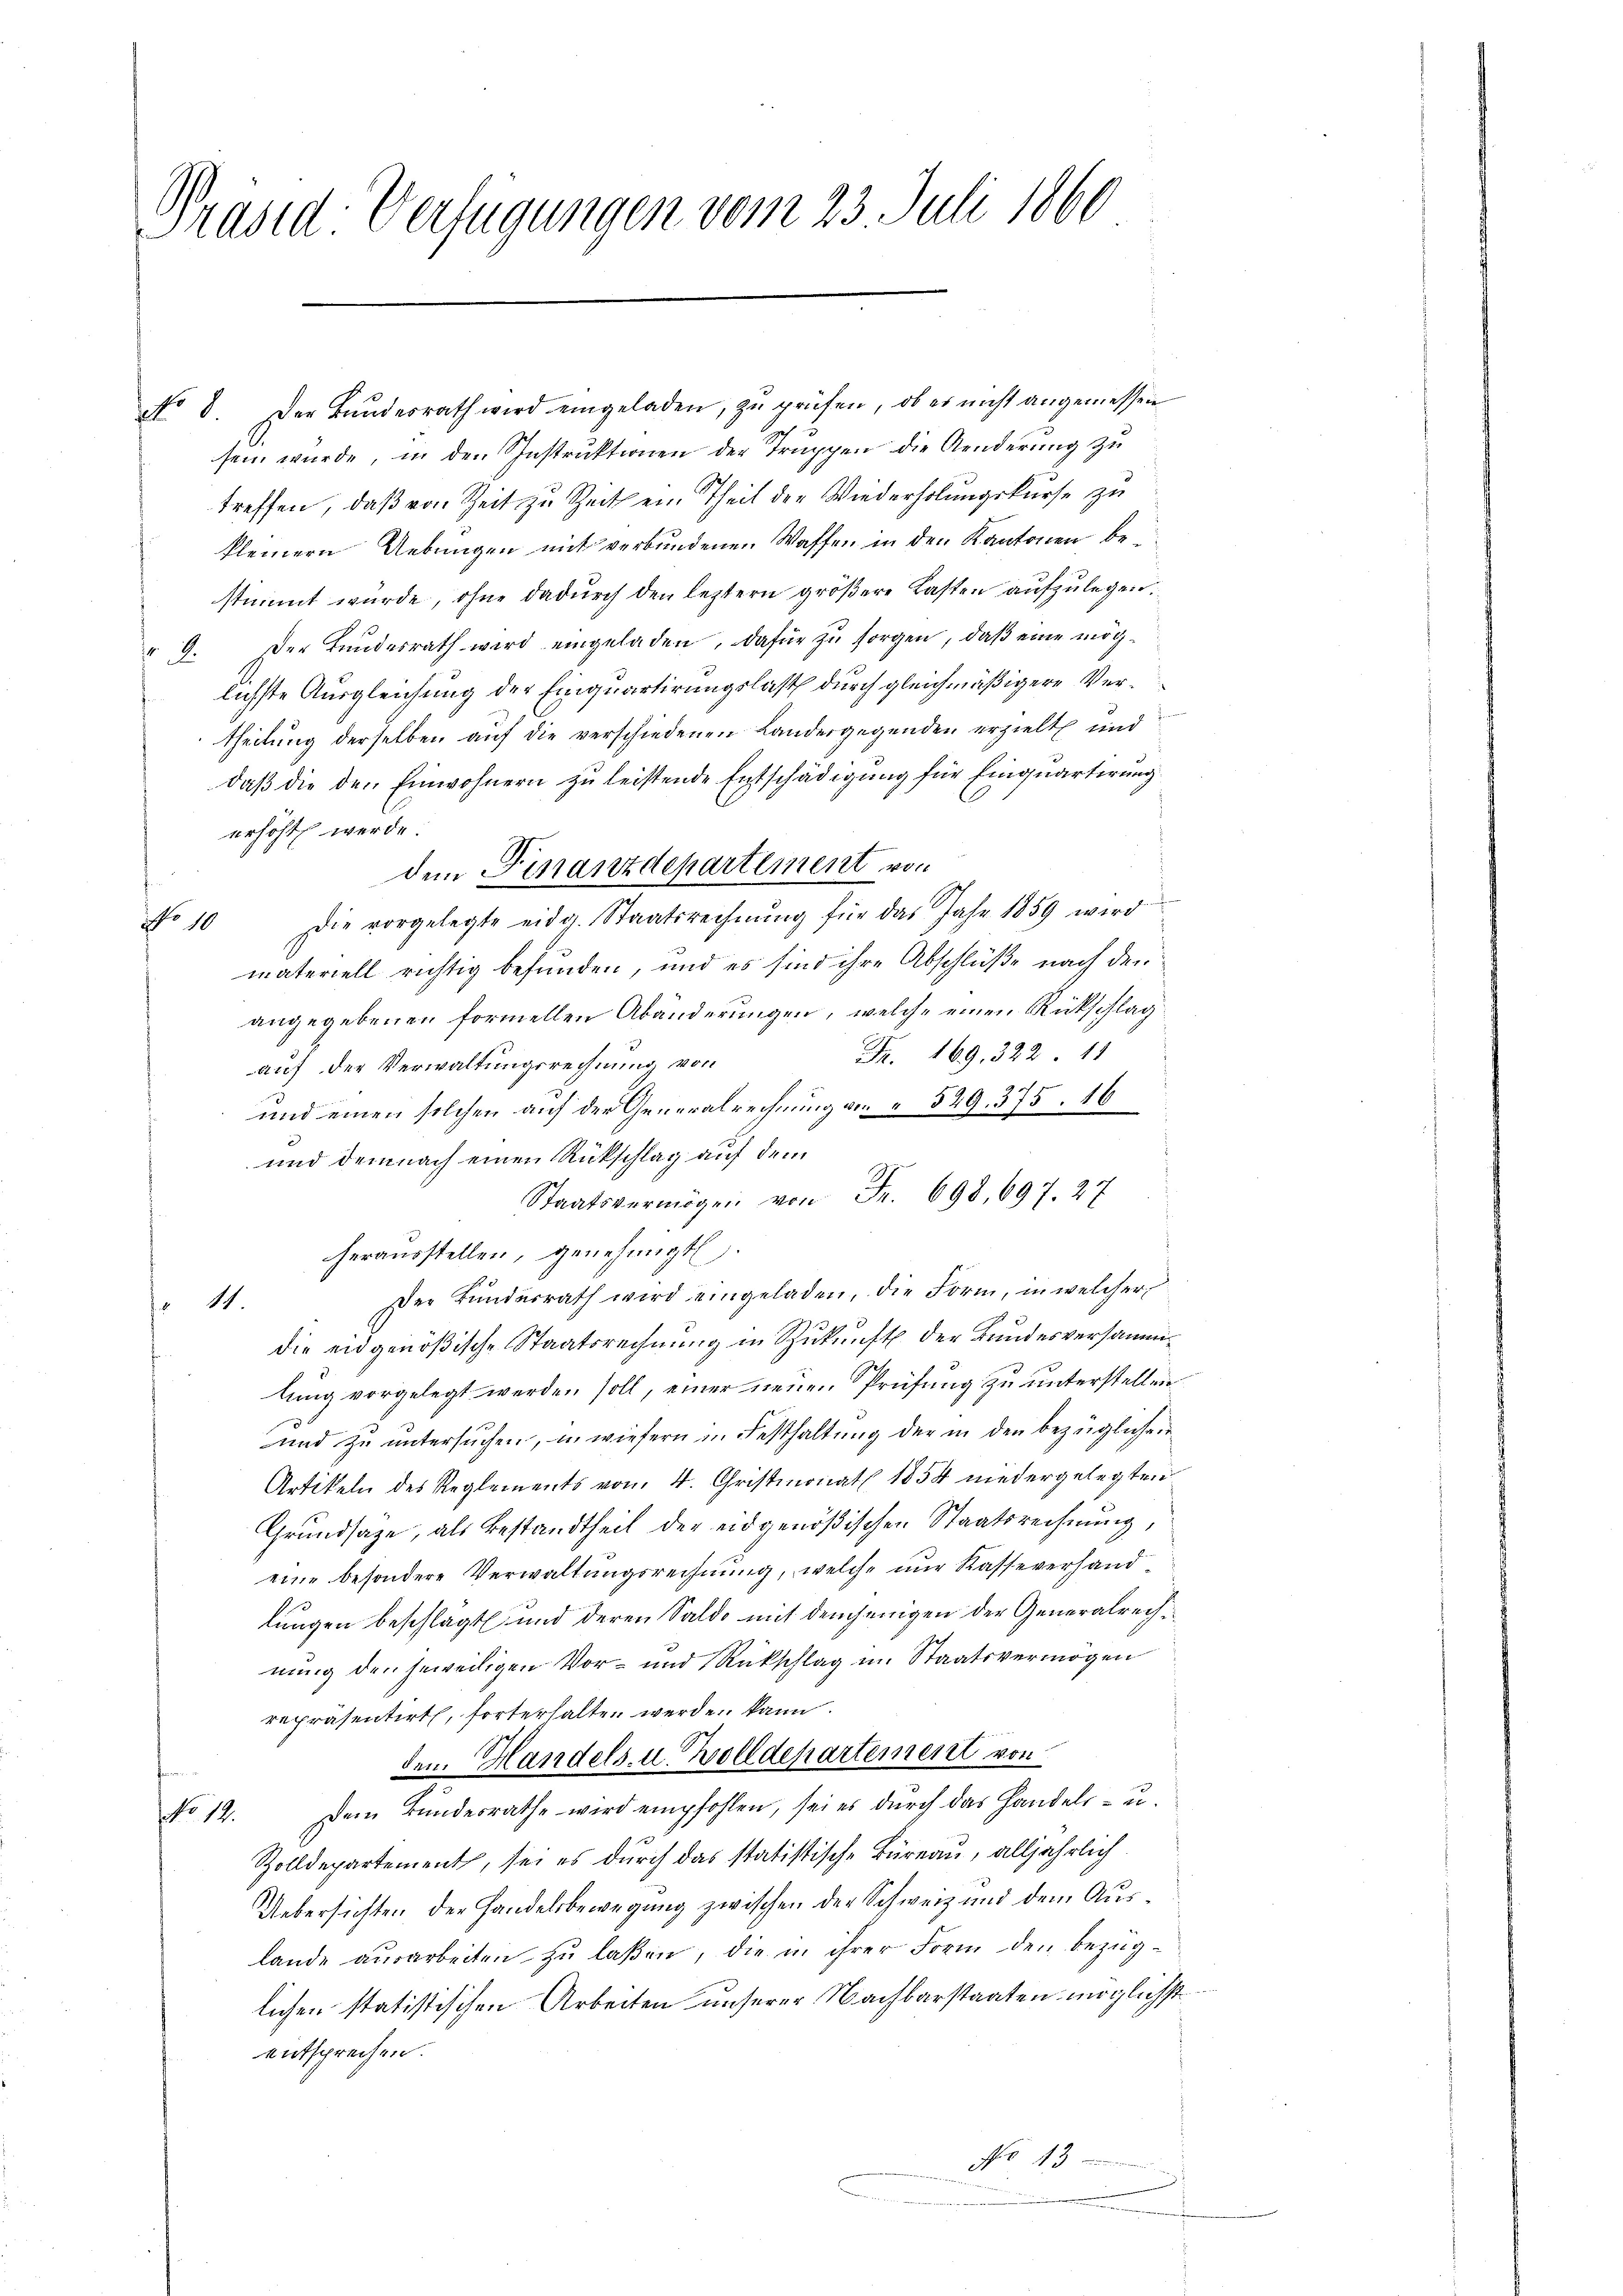
Präsid Verfügungen vom 23. Juli 1860

No 8. Der Bŭndesrath wird eingeladen, zŭ prüfen, ob er nicht angemessen
sein wurde, in den Instruktionen der Truppen die Aenderung zu
treffen, daß von Zeit zu Zeit ein Theil der Wiederholungskurse zu
kleinern Uebungen mit verbundenen Waffen in den Kantonen bestimmt würde, ohne dadŭrch den leztern gröβere Lasten aŭfzŭlegen.
" 9. Der Bundesrath wird eingeladen, dafür zu sorgen, daß eine möglichste Ausgleichung der Einquartirungslast durch gleichmäßigere Vertheilung derselben auf die verschiedenen Landergegenden erzielt und
daβ die den Einwohnern zu leistende Entschädigung für Einquartirung
erhöht werde.
dem Finanzdepartement von
Die vorgelegte eidg. Staatsrechnŭng für das Jahr 1859 wird
No 10
materiell richtig befunden, und es sind ihre Abschlüße nach den
angegebenen formellen Abänderungen, welche einen Rückschlag
Fr. 169. 322 11
auf der Verwaltungsrechnung von
und einen solchen auf der Generalrechnung an 549. 375. 16
und demnach einen Rückschlag auf dem
Staatsvermögen von Fr. 698, 697. 27
herausstellen, genehmigt.
Der Bŭndesrath wird eingeladen, die Form, in welcher
o 11
die eidgenößische Staatsrechnung in Zukunft der Bundesversammlung vorgelegt werden soll, einer neuen Prüfung zu unterstellen.
und zu untersuchen, in wiesern in Festhaltung der in den bezüglichen
Artikeln des Reglements von 4. Christmonat 1854 niedergelegten
Grundsaze, als Bestandtheil der eidgenößischen Staatsrechnung,
eine besondere Verwaltungsrechnung, welche nur Kasse verhandlungen beschlägt und deren Saldo mit demjenigen der Generalrechnung der jeweiligen Vor- und Rückschlag im Staatsvermögen
repräsentirt, forterhalten werden kann.
dem Handels- u. Zolldepartement von
No 12. Dem Bŭndesrathe wird empfohlen, sei es dŭrch das Handels- u.
Zolldepartement, sei es durch das statistische Büreau, alljährlich
Uebersichten der Handelsbewegung zwischen der Schweiz und dem Auslande ausarbeiten zu laßen, die in ihrer Form den bezüglichen statistischen Arbeiten unserer Nachbarstaaten möglichst
entsprechen.
No 13